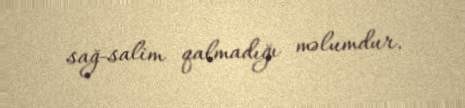
sağ-salim qalmadığı məlumdur.